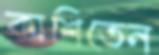
কাশিতেন